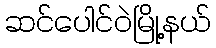
ဆင်ပေါင်ဝဲမြို့နယ်